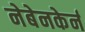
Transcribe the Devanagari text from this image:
नेबेनकेर्न